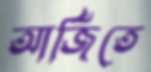
আর্জিতে